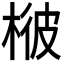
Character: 𣔓